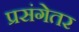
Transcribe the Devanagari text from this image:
प्रसंगेतर